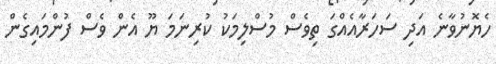
ހެޔޮނުވާނެ އަދި ސަހަރާއެއްގަ ތިވެސް މުސްލިމަކު ކުރިނަމަ ޔޫ އެން ވެސް ފުންމައިގެން